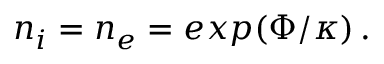
\begin{array} { r } { n _ { i } = n _ { e } = e x p ( \Phi / \kappa ) \, . } \end{array}